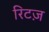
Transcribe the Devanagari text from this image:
रिटज़